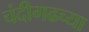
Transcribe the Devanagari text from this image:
चंदीगढच्या